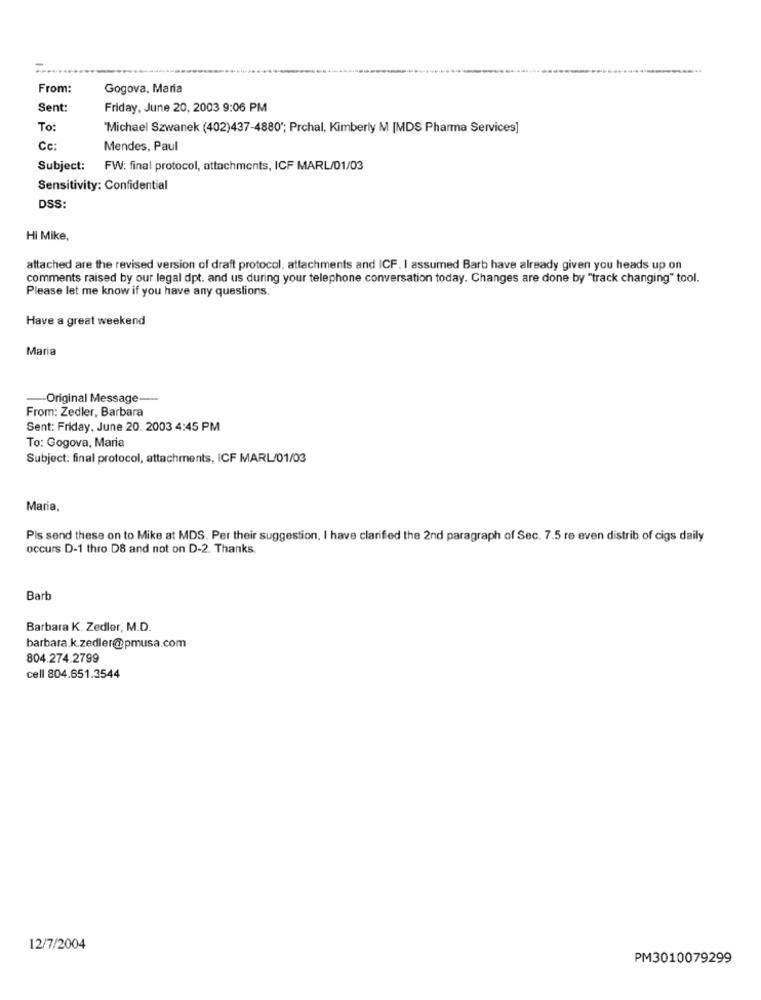
From:
Gogova, Maria
Sent:
Friday, June 20, 2003 9:06 PM
To:
'Michael Szwanek (402)437-4880"; Prchal, Kimberly M [MDS Pharma Services]
Cc:
Mendes, Paul
Subject:
FW: final protocol, attachments, ICF MARL/01/03
Sensitivity: Confidential
DSS:
Hi Mike,
attached are the revised version of draft protocol. attachments and ICF. I assumed Barb have already given you heads up on
comments raised by our legal dpt. and us during your telephone conversation today. Changes are done by "track changing" tool.
Please let me know if you have any questions.
Have a great weekend
Maria
-- Original Message --
From: Zedler, Barbara
Sent: Friday, June 20. 2003 4:45 PM
To: Gogova, Maria
Subject: final protocol, attachments, ICF MARL/01/03
María,
Pis send these on to Mike at MDS. Per their suggestion, I have clarified the 2nd paragraph of Sec. 7.5 re even distrib of cigs daily
occurs D-1 thro D8 and not on D-2. Thanks.
Barb
Barbara K. Zedler, M.D.
barbara.k.zedler@pmusa.com
804.274.2799
cell 804.651.3544
12/7/2004
PM3010079299